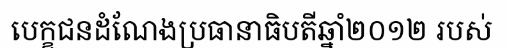
បេក្ខជនដំណែងប្រធានាធិបតីឆ្នាំ២០១២ របស់